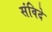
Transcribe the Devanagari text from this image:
संविदे